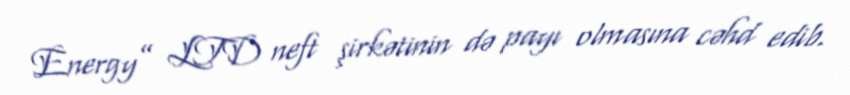
Energy” LTD neft şirkətinin də payı olmasına cəhd edib.